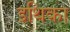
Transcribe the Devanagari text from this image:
इथिका